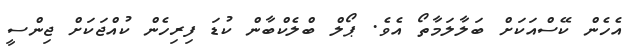
އެހެން ކޭސްއަކަށް ބަލާލަމާތޯ އެވެ. ޕޯލް ބްލެކްބާން ކުޑަ ފިރިހެން ކުއްޖަކަށް ޖިންސީ